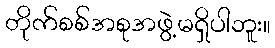
တိုက်စစ်အစုအဖွဲ့မရှိပါဘူး။